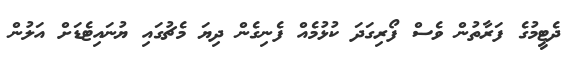
ދެޓީމުގެ ފަރާތުން ވެސް ފޯރިގަދަ ކުޅުމެއް ފެނިގެން ދިޔަ މެޗުގައި ޔުނައިޓެޑަށް އަލުން